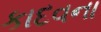
કાદવના